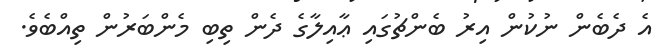
އެ ދެބެން ނުކުން އިރު ބެންޗުގައި ޢާއިލާގެ ދެން ތިބި މެންބަރުން ތިއްބެވެ.